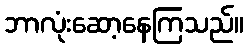
ဘာလုံးဆော့နေကြသည်။